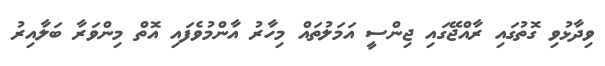
ވިދާޅުވި ގޮތުގައި ރާއްޖޭގައި ޖިންސީ އަމަލުތައް މިހާރު އާންމުވެފައި އޮތް މިންވަރާ ބަލާއިރު